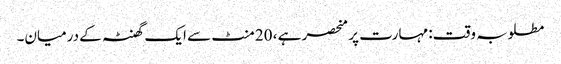
مطلوبہ وقت: مہارت پر منحصر ہے ، 20 منٹ سے ایک گھنٹہ کے درمیان۔